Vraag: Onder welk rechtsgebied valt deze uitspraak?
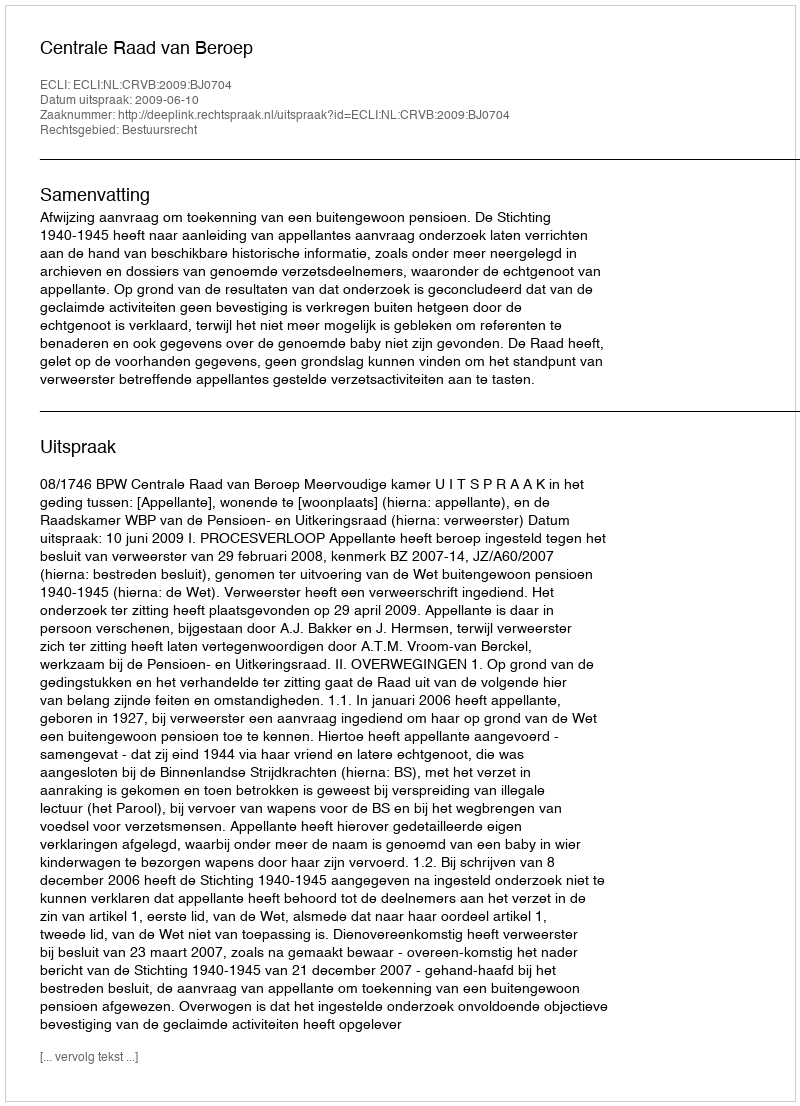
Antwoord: Bestuursrecht